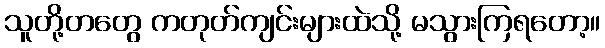
သူတို့တတွေ ကတုတ်ကျင်းများထဲသို့ မသွားကြရတော့။